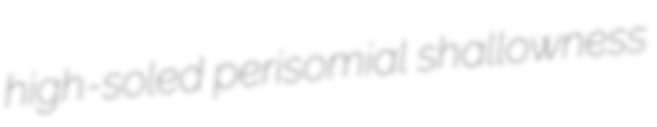
high-soled perisomial shallowness